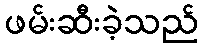
ဖမ်းဆီးခဲ့သည်